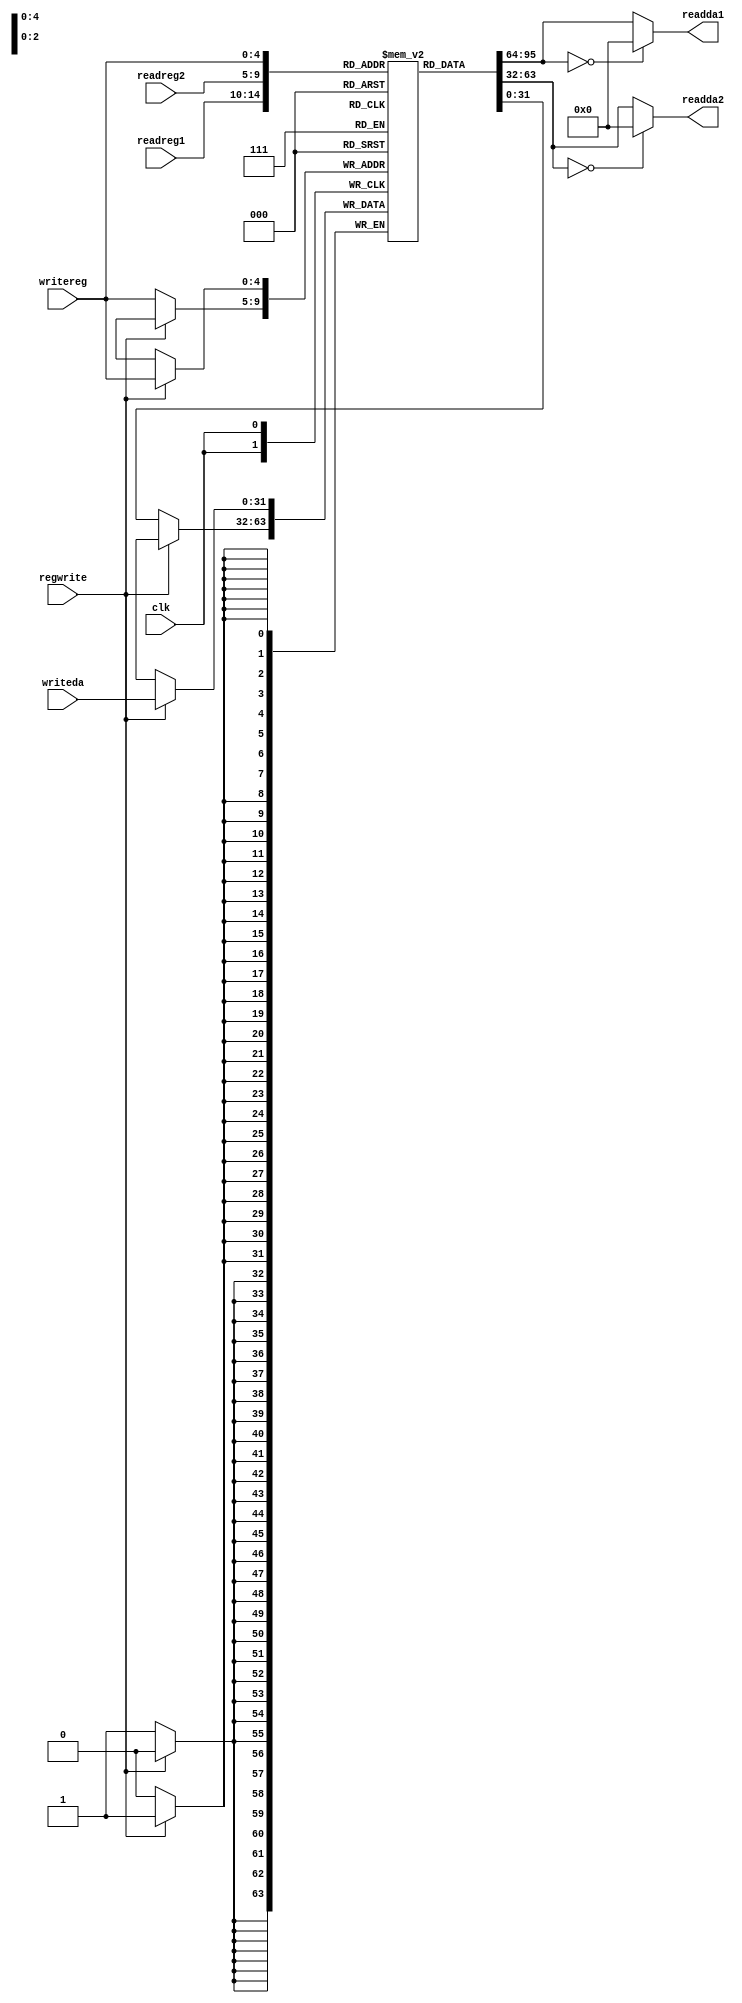
`timescale 1ns / 1ps
//////////////////////////////////////////////////////////////////////////////////
// Company: 
// Engineer: 
// 
// Design Name: 
// Module Name:    Registers 
// Project Name: 
// Target Devices: 
// Tool versions: 
// Description: 
//
// Dependencies: 
//
// Revision: 
// Revision 0.01 - File Created
// Additional Comments: 
//
//////////////////////////////////////////////////////////////////////////////////
module Registers(writereg, clk, readreg1, readreg2, writeda, regwrite, readda1, readda2);

input regwrite;
input [4:0] readreg1, readreg2, writereg;
input [31:0] writeda;
input clk;
reg [31:0] reg_mem [31:0];
output [31:0]readda1, readda2;

initial
begin
	reg_mem[1] = 32'd9;
	reg_mem[2] = 32'd4;
	reg_mem[3] = 32'd5;
	reg_mem[5] = 32'd8;
	reg_mem[6] = 32'd2;
	reg_mem[15] = 32'd1;
end

assign readda1 = (reg_mem[readreg1]==0)?32'd0:reg_mem[readreg1];
assign readda2 = (reg_mem[readreg2]==0)?32'd0:reg_mem[readreg2];

always@(negedge clk)
begin
	if (regwrite==1) reg_mem[writereg] <= writeda;
	else reg_mem[writereg] <= reg_mem[writereg];
end

reg [5:0] i;
always@(posedge clk)
begin
	for(i=0; i<32; i=i+1)
	begin
		$display("Reg_Mem[%d]: %b \n", i, reg_mem[i]);
	end
end

endmodule